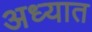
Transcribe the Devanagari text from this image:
अध्यात